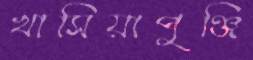
খাসিয়াপুঞ্জি